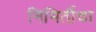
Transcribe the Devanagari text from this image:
निमिर्तीचा